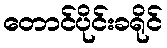
တောင်ပိုင်းခရိုင်